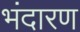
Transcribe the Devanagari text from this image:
भंदारण